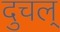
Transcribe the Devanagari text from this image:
दुचल्